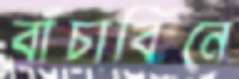
বাঁচাবিনে